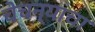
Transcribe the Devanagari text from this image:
चेचन्याचा